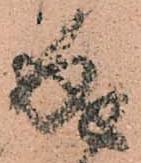
成